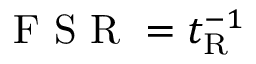
\mathrm { ~ F ~ S ~ R ~ } = t _ { \mathrm { R } } ^ { - 1 }